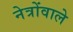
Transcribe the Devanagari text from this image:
नेत्रोंवाले